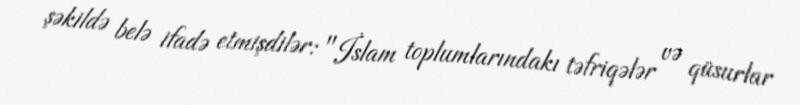
şəkildə belə ifadə etmişdilər: "İslam toplumlarındakı təfriqələr və qüsurlar